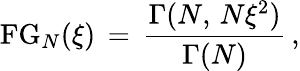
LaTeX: \begin{array}{l}{\displaystyle\mathrm{FG}_{N}(\xi)\, =\, \frac{\Gamma(N,\, N\xi^{2})}{\Gamma(N)}\, ,}\end{array}